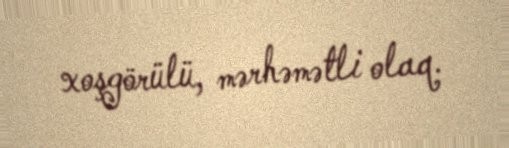
xoşgörülü, mərhəmətli olaq.